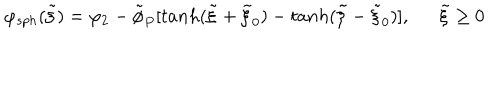
\varphi _ { s p h } ( \tilde { \xi } ) = \varphi _ { 2 } - \tilde { \phi } _ { P } [ t a n h ( \tilde { \xi } + \tilde { \xi } _ { 0 } ) - t a n h ( \tilde { \xi } - \tilde { \xi } _ { 0 } ) ] , \tilde { \xi } \geq 0